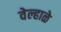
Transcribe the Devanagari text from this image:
वेल्हाळे